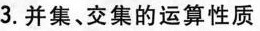
3. 并集、交集的运算性质并集的运算性质